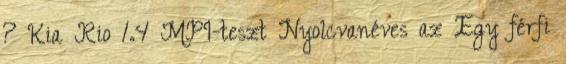
? Kia Rio 1.4 MPI-teszt Nyolcvanéves az Egy férfi